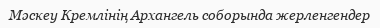
Мәскеу Кремлінің Архангель соборында жерленгендер